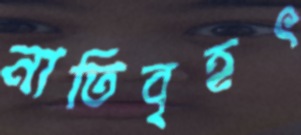
নাতিবৃহৎ